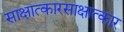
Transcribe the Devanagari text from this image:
साक्षात्कारसाक्षात्कार